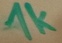
Text: 1k